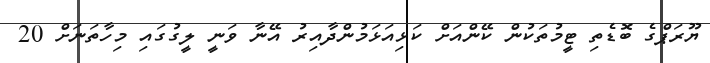
ޔޫރަޕްގެ ބޮޑެތި ޓީމުތަކުން ކޭންއަށް ކަޅިއަޅަމުންދާއިރު އޭނާ ވަނީ ލީގުގައި މިހާތަނަށް 20